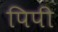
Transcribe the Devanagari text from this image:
पिपी